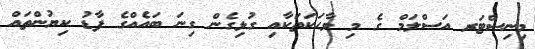
މިނިސްޓަރ އަސްލަމް ގެ މި ވާޙަކަތަކާއި ގުޅިގެން ގިނަ ބައެއްގެ ފާޑު ކިޔުންތައް